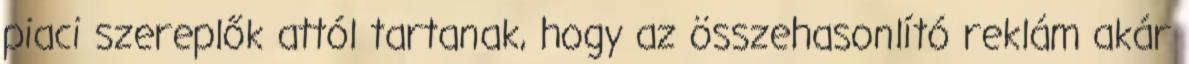
piaci szereplők attól tartanak, hogy az összehasonlító reklám akár